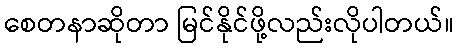
စေတနာဆိုတာ မြင်နိုင်ဖို့လည်းလိုပါတယ်။